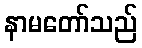
နာမတော်သည်